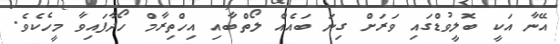
އޭނާ އަކީ ބޮލީވުޑްގައި ވަރަށް ގިނަ ބައެއް ލޯތްބާއި އިހްތިރާމް ހޯދާފައިވާ މީހެކެވެ.